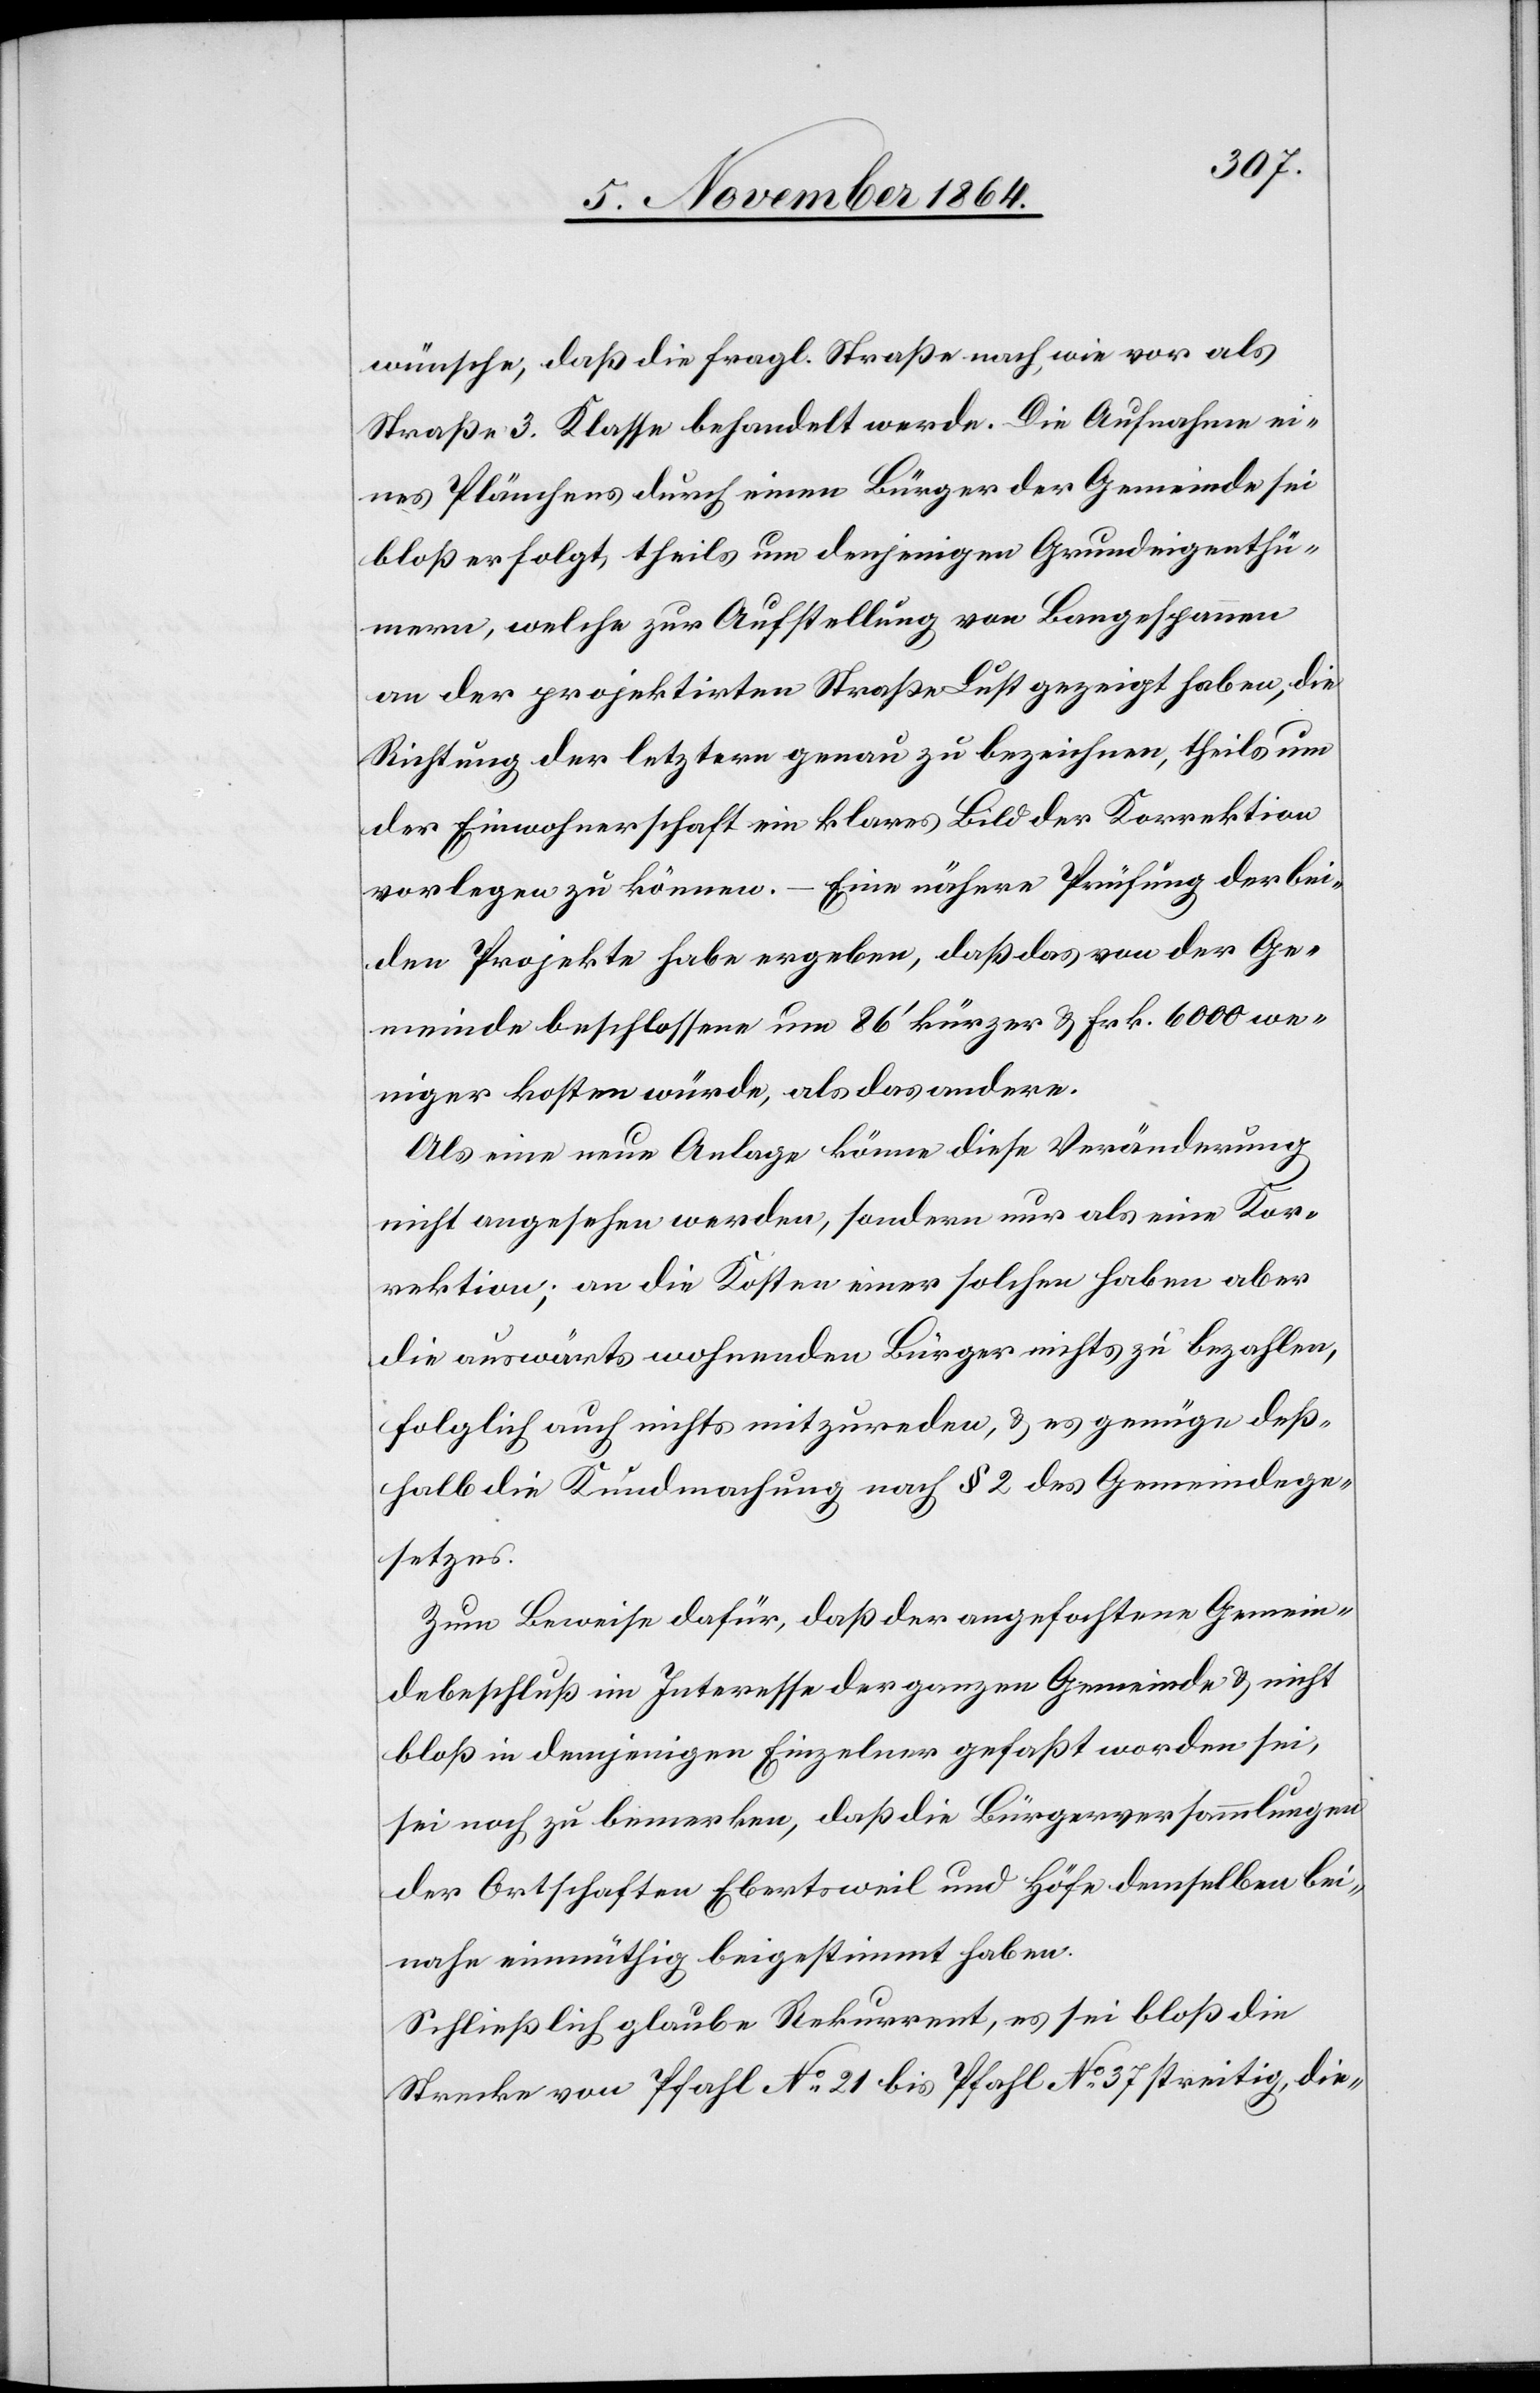
wünsche, daß die fragl. Straße nach wie vor als
Straße 3. Klasse behandelt werde. Die Aufnahme ei¬
nes Plänchens durch einen Bürger der Gemeinde sei
bloß erfolgt, theils um denjenigen Grundeigenthü¬
mern, welche zur Aufstellung von Bangespannen
an der projektirten Straße Lust gezeigt haben, die
Richtung der letztern genau zu bezeichnen, theils um
der Einwohnerschaft ein klares Bild der Korrektion
vorlegen zu können. – Eine nähere Prüfung der bei¬
den Projekte habe ergeben, daß das von der Ge¬
meinde beschlossene um 86’ kürzer & Frk. 6000 we¬
niger kosten würde, als das andere.
Als eine neue Anlage könne diese Veränderung
nicht angesehen werden, sondern nur als eine Kor¬
rektion; an die Kosten einer solchen haben aber
die auswärts wohnenden Bürger nichts zu bezahlen,
folglich auch nichts mitzureden, & es genüge deß¬
halb die Kundmachung nach § 2 des Gemeindege¬
setzes.
Zum Beweise dafür, daß der angefochtene Gemein¬
debeschluß im Interesse der ganzen Gemeinde & nicht
bloß demjenigen Einzelner gefaßt worden sei,
sei noch zu bemerken, daß die Bürgerversammlungen
der Ortschaften Ebertsweil und Höfe demselben bei¬
nahe einmüthig beigestimmt haben.
Schließlich glaube Rekurrent, es sei bloß die
Strecke von Pfahl No 21 bis Pfahl No 37 streitig, die-